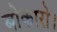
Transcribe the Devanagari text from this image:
बोकारो।